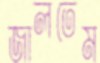
জালতেম